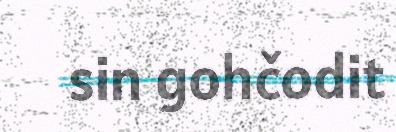
sin gohčodit